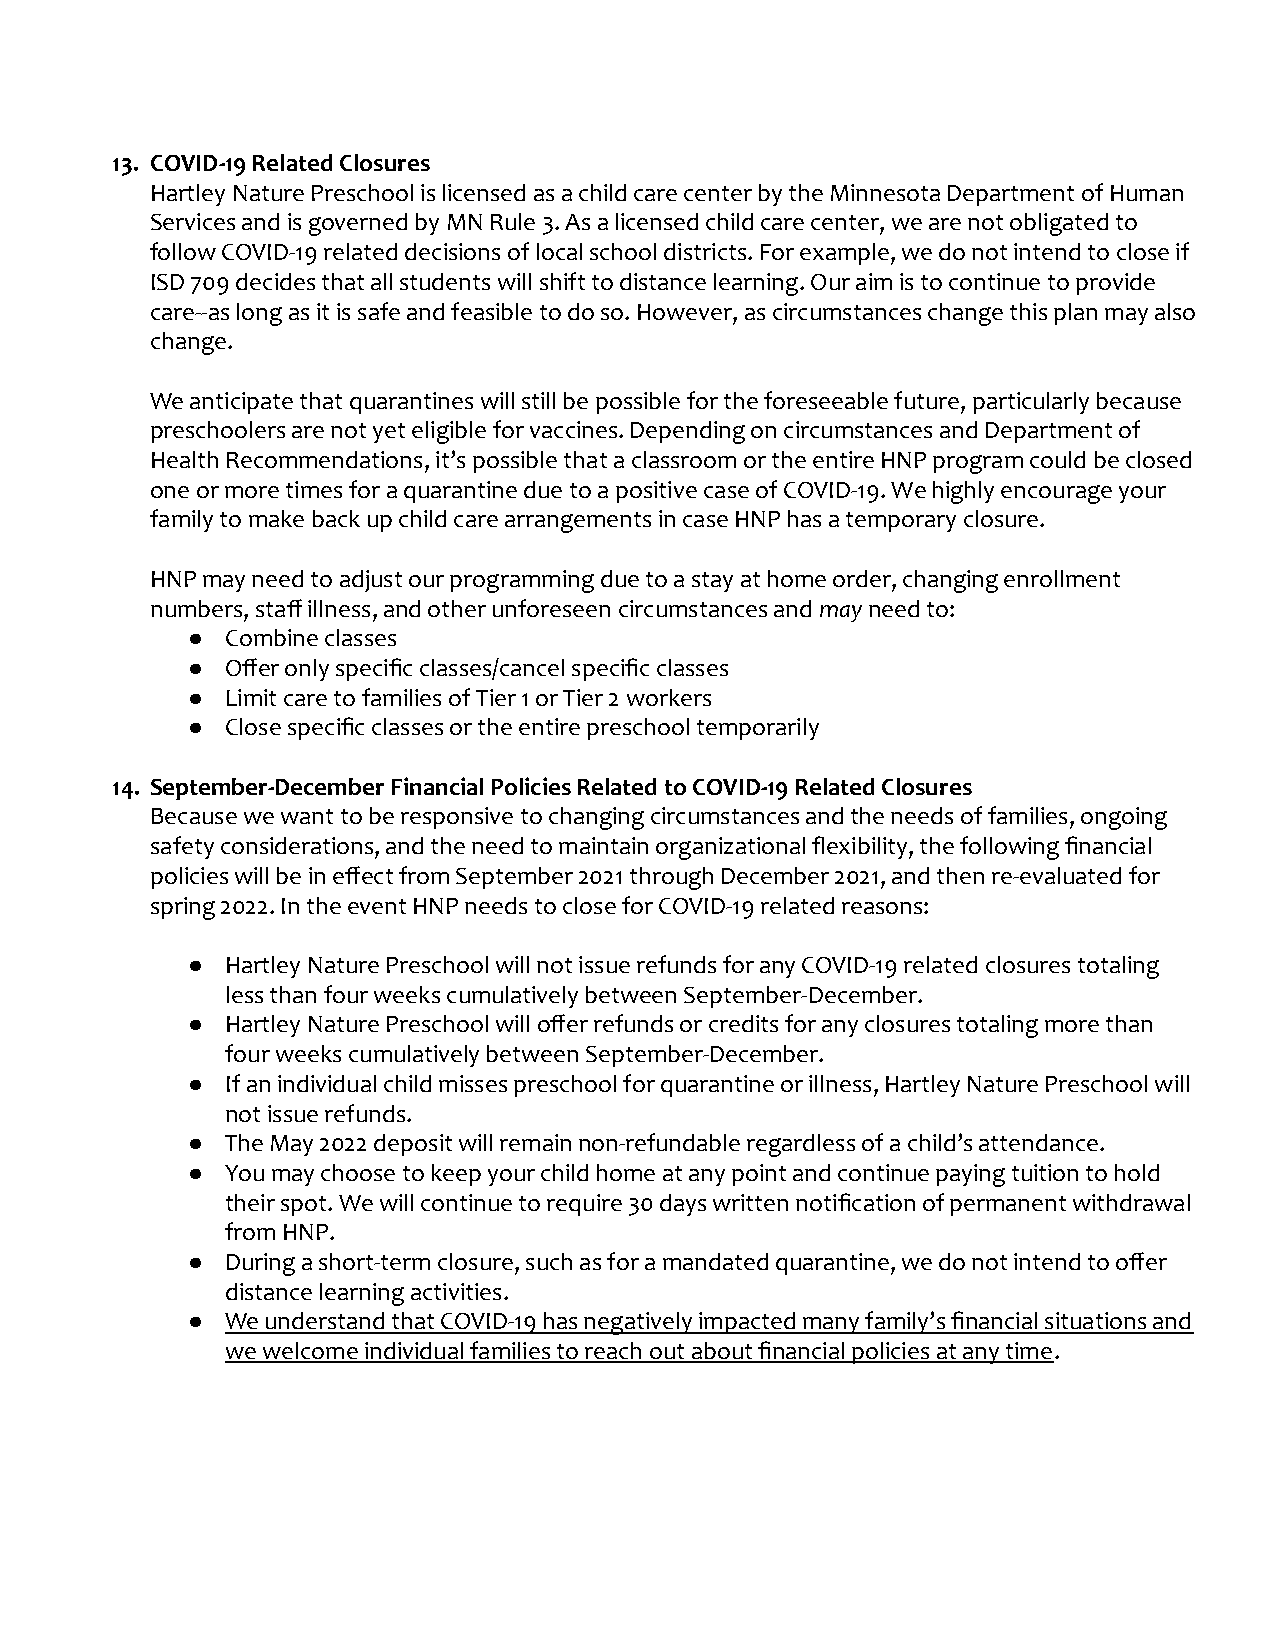
13. COVID-19 Related Closures
 Hartley Nature Preschool is licensed as a child care center by the Minnesota Department of Human
 Services and is governed by MN Rule 3. As a licensed child care center, we are not obligated to
 follow COVID-19 related decisions of local school districts. For example, we do not intend to close if
 ISD 709 decides that all students will shift to distance learning. Our aim is to continue to provide
 care--as long as it is safe and feasible to do so. However, as circumstances change this plan may also
 change.
 We anticipate that quarantines will still be possible for the foreseeable future, particularly because
 preschoolers are not yet eligible for vaccines. Depending on circumstances and Department of
 Health Recommendations, it’s possible that a classroom or the entire HNP program could be closed
 one or more times for a quarantine due to a positive case of COVID-19. We highly encourage your
 family to make back up child care arrangements in case HNP has a temporary closure.
 HNP may need to adjust our programming due to a stay at home order, changing enrollment
 numbers, staff illness, and other unforeseen circumstances andmayneed to:
 ●  Combine classes
 ●  Offer only specific classes/cancel specific classes
 ●  Limit care to families of Tier 1 or Tier 2 workers
 ●  Close specific classes or the entire preschool temporarily
 14. September-December Financial Policies Related to COVID-19 Related Closures
 Because we want to be responsive to changing circumstances and the needs of families, ongoing
 safety considerations, and the need to maintain organizational flexibility, the following financial
 policies will be in effect from September 2021 through December 2021, and then re-evaluated for
 spring 2022. In the event HNP needs to close for COVID-19 related reasons:
 ●  Hartley Nature Preschool will not issue refunds for any COVID-19 related closures totaling
 less than four weeks cumulatively between September-December.
 ●  Hartley Nature Preschool will offer refunds or credits for any closures totaling more than
 four weeks cumulatively between September-December.
 ●  If an individual child misses preschool for quarantine or illness, Hartley Nature Preschool will
 not issue refunds.
 ●  The May 2022 deposit will remain non-refundable regardless of a child’s attendance.
 ●  You may choose to keep your child home at any point and continue paying tuition to hold
 their spot. We will continue to require 30 days written notification of permanent withdrawal
 from HNP.
 ●  During a short-term closure, such as for a mandated quarantine, we do not intend to offer
 distance learning activities.
 ●  We understand that COVID-19 has negatively impacted many family’s financial situations and
 we welcome individual families to reach out about financial policies at any time.